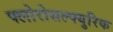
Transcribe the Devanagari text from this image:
फ्लोरोसल्फ्युरिक